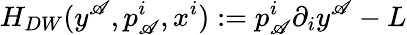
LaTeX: H_{DW}(y^{\mathscr{A}},p_{\mathscr{A}}^{i},x^{i}):=p_{\mathscr{A}}^{i}\partial_{i}y^{\mathscr{A}}-L